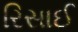
રિસાઈ